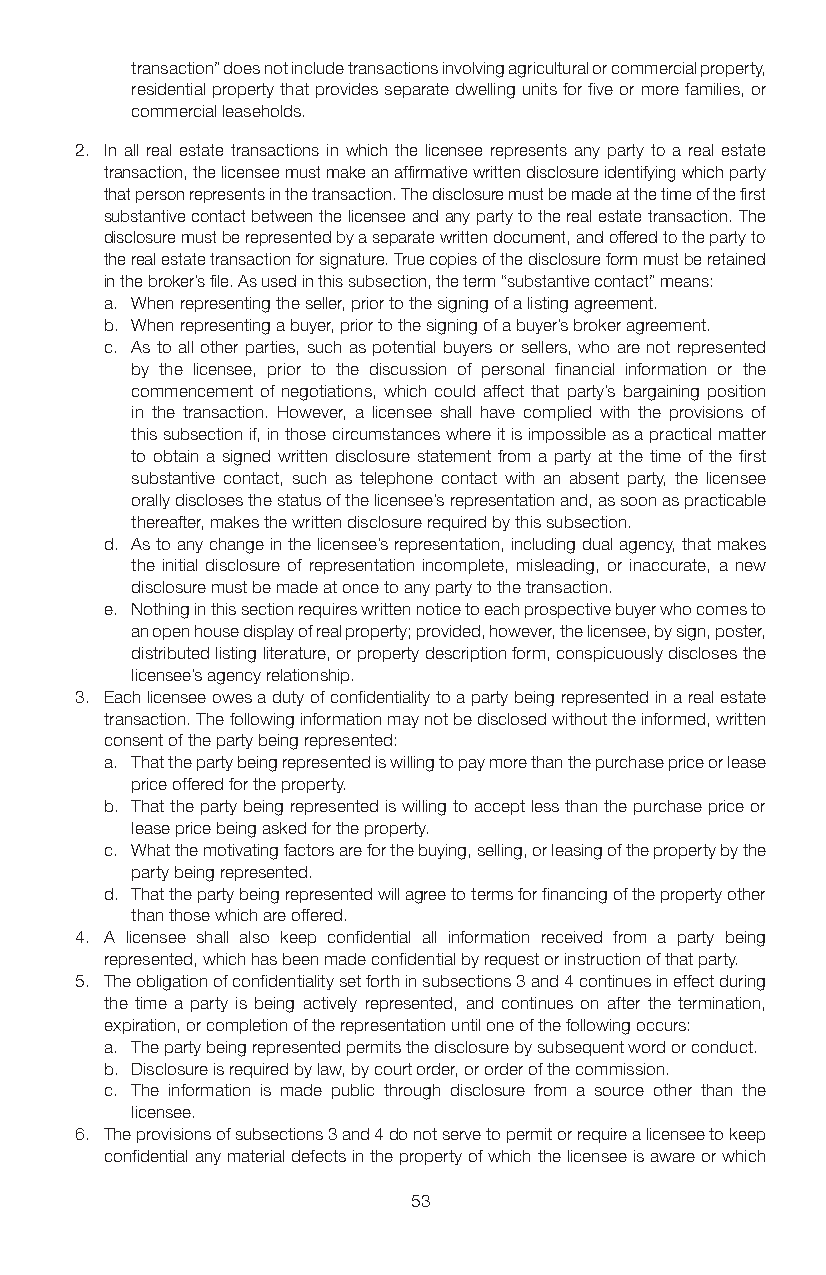
transaction” does not include transactions involving agricultural or commercial property,
 residential property that provides separate dwelling units for five or more families, or
 commercial leaseholds.
 2. In all real estate transactions in which the licensee represents any party to a real estate
 transaction, the licensee must make an affirmative written disclosure identifying which party
 that person represents in the transaction. The disclosure must be made at the time of the first
 substantive contact between the licensee and any party to the real estate transaction. The
 disclosure must be represented by a separate written document, and offered to the party to
 the real estate transaction for signature. True copies of the disclosure form must be retained
 in the broker’s file. As used in this subsection, the term “substantive contact” means:
 a. When representing the seller, prior to the signing of a listing agreement.
 b. When representing a buyer, prior to the signing of a buyer’s broker agreement.
 c. As to all other parties, such as potential buyers or sellers, who are not represented
 by the licensee, prior to the discussion of personal financial information or the
 commencement of negotiations, which could affect that party’s bargaining position
 in the transaction. However, a licensee shall have complied with the provisions of
 this subsection if, in those circumstances where it is impossible as a practical matter
 to obtain a signed written disclosure statement from a party at the time of the first
 substantive contact, such as telephone contact with an absent party, the licensee
 orally discloses the status of the licensee’s representation and, as soon as practicable
 thereafter, makes the written disclosure required by this subsection.
 d. As to any change in the licensee’s representation, including dual agency, that makes
 the initial disclosure of representation incomplete, misleading, or inaccurate, a new
 disclosure must be made at once to any party to the transaction.
 e. Nothing in this section requires written notice to each prospective buyer who comes to
 an open house display of real property; provided, however, the licensee, by sign, poster,
 distributed listing literature, or property description form, conspicuously discloses the
 licensee’s agency relationship.
 3. Each licensee owes a duty of confidentiality to a party being represented in a real estate
 transaction. The following information may not be disclosed without the informed, written
 consent of the party being represented:
 a. That the party being represented is willing to pay more than the purchase price or lease
 price offered for the property.
 b. That the party being represented is willing to accept less than the purchase price or
 lease price being asked for the property.
 c. What the motivating factors are for the buying, selling, or leasing of the property by the
 party being represented.
 d. That the party being represented will agree to terms for financing of the property other
 than those which are offered.
 4. A licensee shall also keep confidential all information received from a party being
 represented, which has been made confidential by request or instruction of that party.
 5. The obligation of confidentiality set forth in subsections 3 and 4 continues in effect during
 the time a party is being actively represented, and continues on after the termination,
 expiration, or completion of the representation until one of the following occurs:
 a. The party being represented permits the disclosure by subsequent word or conduct.
 b. Disclosure is required by law, by court order, or order of the commission.
 c. The information is made public through disclosure from a source other than the
 licensee.
 6. The provisions of subsections 3 and 4 do not serve to permit or require a licensee to keep
 confidential any material defects in the property of which the licensee is aware or which
 53